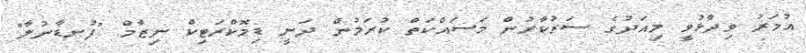
އުމަރު ވިދާޅުވީ މިއަދުގެ ސަރުކާރުން މަސައްކަތް ކުރަމުން ދަނީ ޑިމޮކްރަޓިކް ނިޒާމް "ފުނޑާނުލާ"